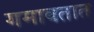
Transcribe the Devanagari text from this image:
गमावतात